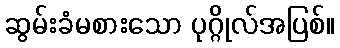
ဆွမ်းခံမစားသော ပုဂ္ဂိုလ်အပြစ်။